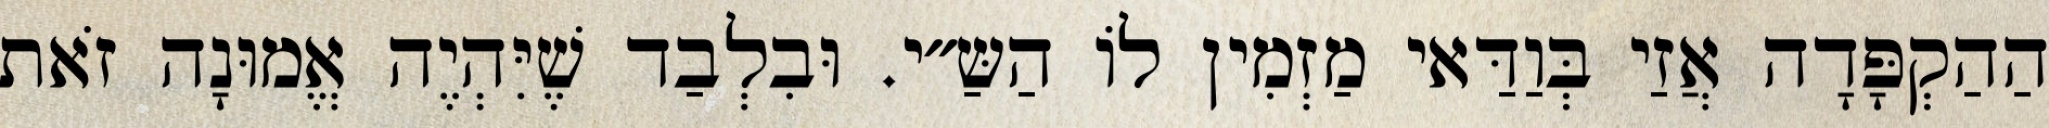
הַהַקְפָּדָה אֲזַי בְּוַדַּאי מַזְמִין לוֹ הַשַּ״י. וּבִלְבַד שֶׁיִּהְיֶה אֱמוּנָה זֹאת